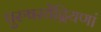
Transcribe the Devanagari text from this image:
पुरुषस्येंद्रियणां